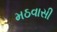
મઠવાસી